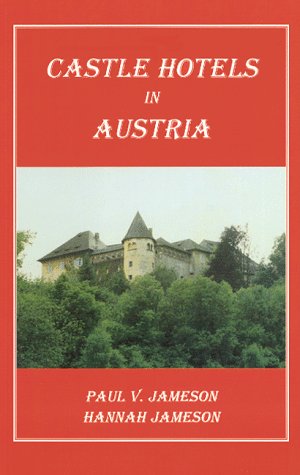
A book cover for Castle Hotels in Austria; Paul V Jameson; Travel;